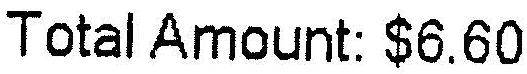
TOTAL AMOUNT: $6.60